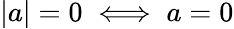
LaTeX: |a|=0\iff a=0